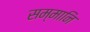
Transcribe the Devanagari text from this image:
सम्मानि